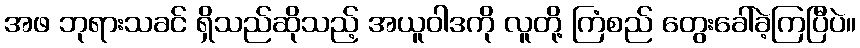
အဖ ဘုရားသခင် ရှိသည်ဆိုသည့် အယူဝါဒကို လူတို့ ကြံစည် တွေးခေါ်ခဲ့ကြပြီပဲ။